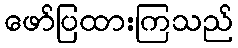
ဖော်ပြထားကြသည်